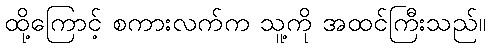
ထို့ကြောင့် စကားလက်က သူ့ကို အထင်ကြီးသည်။